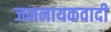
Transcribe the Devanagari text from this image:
जननायकवादी